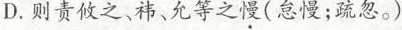
D.则责攸之、祎、允等之慢(怠慢；疏忽。)